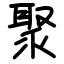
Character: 聚